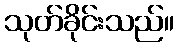
သုတ်ခိုင်းသည်။